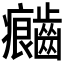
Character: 𲎦